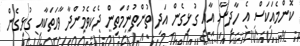
ކޮންމެއަކަސް އެ ހާދިސާ އާއި ގުޅިގެން އަދި ތުންތުންމަތިން ދެކެވެމުންދާ ވާހަތަކާއި ގުޅިގެން